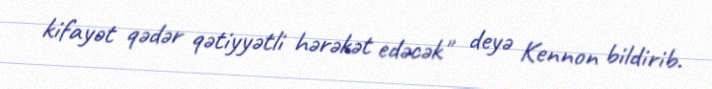
kifayət qədər qətiyyətli hərəkət edəcək" deyə Kennon bildirib.